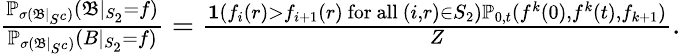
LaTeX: \begin{array}{r}{\frac{\mathbb{P}_{\sigma(\mathfrak{B}|_{S^{c}})}(\mathfrak{B}|_{S_{2}}=f)}{\mathbb{P}_{\sigma(\mathfrak{B}|_{S^{c}})}(B|_{S_{2}}=f)}=\frac{\mathbf{1}(f_{i}(r)>f_{i+1}(r)\mathrm{~for~all~}(i,r)\in S_{2})\mathbb{P}_{0,t}(f^{k}(0),f^{k}(t),f_{k+1})}{Z}.}\end{array}